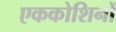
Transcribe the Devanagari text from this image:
एककोशिनों